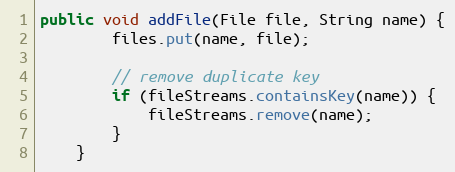
Language: Java
public void addFile(File file, String name) {
        files.put(name, file);

        // remove duplicate key
        if (fileStreams.containsKey(name)) {
            fileStreams.remove(name);
        }
    }